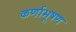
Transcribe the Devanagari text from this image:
कर्णाभूषण